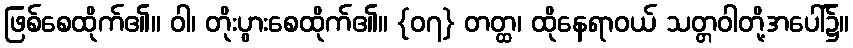
ဖြစ်စေထိုက်၏။ ဝါ၊ တိုးပွားစေထိုက်၏။ {၀၇} တတ္ထ၊ ထိုနေရာဝယ် သတ္တဝါတို့အပေါ်၌။